Annual report of the Prince of Wales Medical College, Patna
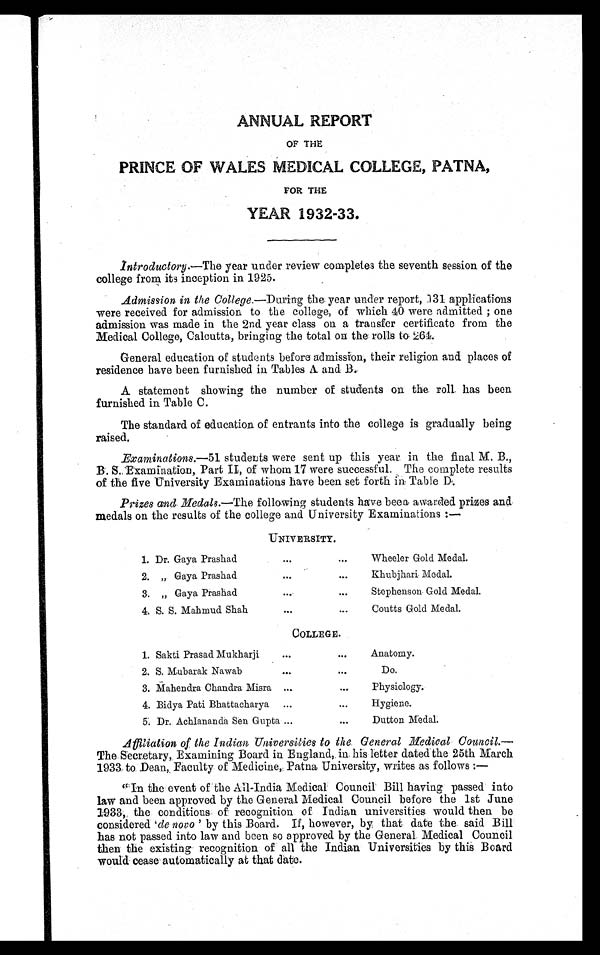
ANNUAL REPORT
OF THE
PRINCE OF WALES MEDICAL COLLEGE, PATNA,
FOR THE
YEAR 1932-33.
Introductory.— The year under review completes the seventh session of the
college from its inception in 1925.
Admission in the College.— During the year under report, 131 applications
were received for admission to the college, of which 10 were admitted; one
admission was made in the 2nd year class on a transfer certificate from the
Medical College, Calcutta, bringing the total on the rolls to . 264.
General education of students before admission, their religion and places of
residence have been furnished in Tables A and B.
A statement showing the number of students on the. roll. has been
furnished in Table C.
The standard of education of entrants into the college is gradualy being
raised.
Examinations.— 51 students were sent up this year in the final M. B.,
B. S.. Examination, Part II, of whom 17 were successful. The complete results
of the five University Examinations have been set forth in Table D.
Prizes and Medals.— The following students have been awarded prizes and
medals on the results of the college and University Examinations :—
UNIVERSITY.
1. Dr. Gaya Prashad
Wheeler Gold Medal.
2.
„ Gaya Prashad
Khubjhari Medal.
3.
„ Gaya Prashad
Stephenson Gold Medal.
4. S. S. Mahmud Shah
Coutts Gold Medal.
COLLEGE.
1. Sakti Prasad Mukharji
Anatomy.
2. S. Mubarak Nawab
Do.
3. Mahendra Chandra Misra
Physiology.
4. Bidya Pati Bhattacharya
Hygiene.
5. Dr. Achlananda Sen Gupta
Dutton Medal.
Affiliation of the Indian Universities to the. General Medical- Council.—
The Secretary, Examining Board in England,. hi his letter dated the 25th March
1933 to. Dean,. Faculty of Medicine, Patna University, writes as follows:—
"In the event of the All-India Medical Council Bill having passed into
law and been approved by the General Medical Council before the 1st June
1933, the conditions of: recognition of Indian universities would then be
considered `de novo ' by this Board. If, however, by that date the. said Bill
has not passed into law and been so approved by the General Medical Council
then the existing . recognition of all the Indian Universities by this Board
would cease automatically at that date.